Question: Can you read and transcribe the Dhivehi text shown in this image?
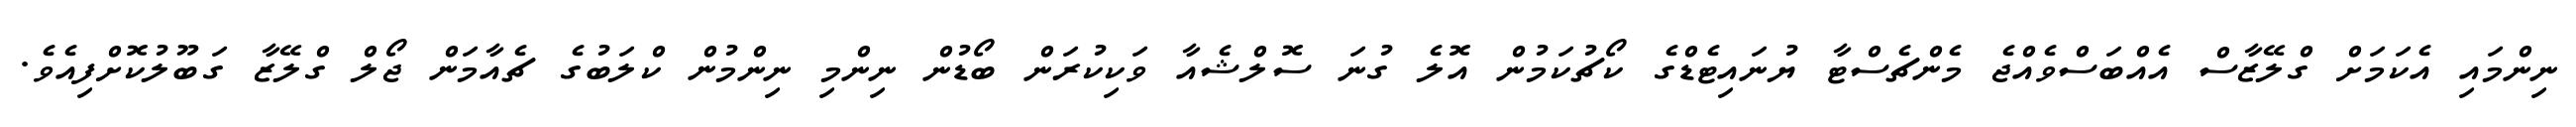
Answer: ނިންމައި އެކަމަށް ގްލޭޒާސް އެއްބަސްވެއްޖެ މެންޗެސްޓާ ޔުނައިޓެޑްގެ ކޯޗުކަމުން އޮލެ ގުނަ ސޮލްޝެއާ ވަކިކުރަން ބޯޑުން ނިންމި ނިންމުން ކްލަބުގެ ޗެއާމަން ޖޯލް ގްލޭޒާ ގަބޫލުކޮށްފިއެވެ.